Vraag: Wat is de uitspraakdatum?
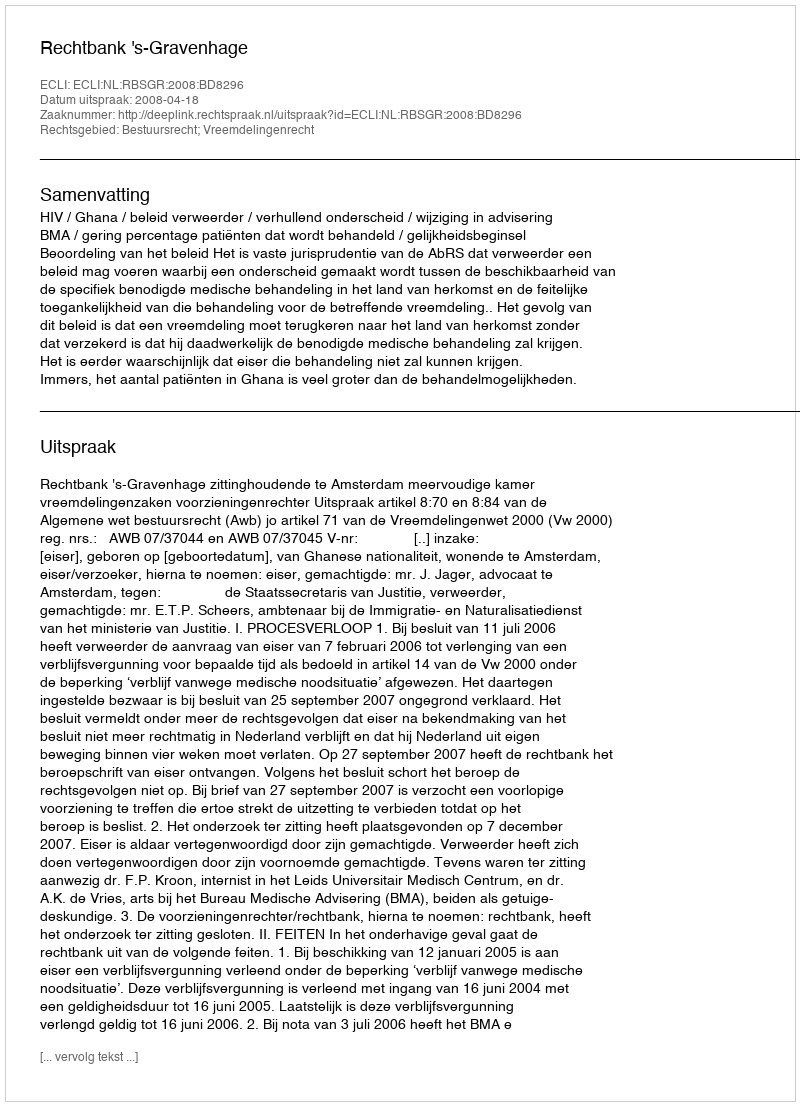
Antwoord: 2008-04-18